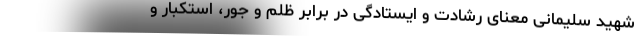
شهید سلیمانی معنای رشادت و ایستادگی در برابر ظلم و جور، استکبار و